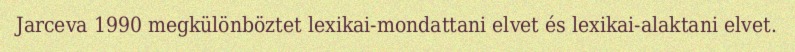
Jarceva 1990 megkülönböztet lexikai-mondattani elvet és lexikai-alaktani elvet.